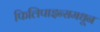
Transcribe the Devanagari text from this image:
फिलिपाइन्समधून